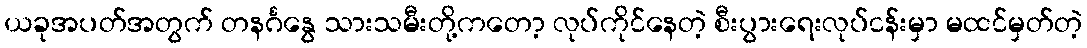
ယခုအပတ်အတွက် တနင်္ဂနွေ သားသမီးတို့ကတော့ လုပ်ကိုင်နေတဲ့ စီးပွားရေးလုပ်ငန်းမှာ မထင်မှတ်တဲ့